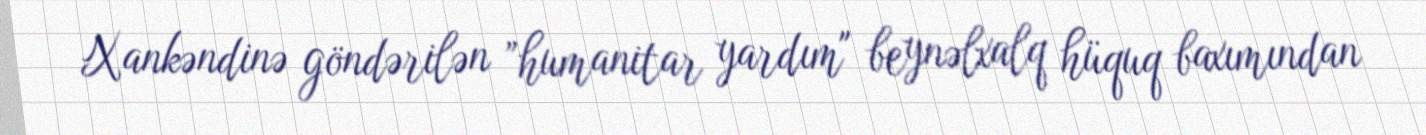
Xankəndinə göndərilən ”humanitar yardım" beynəlxalq hüquq baxımından